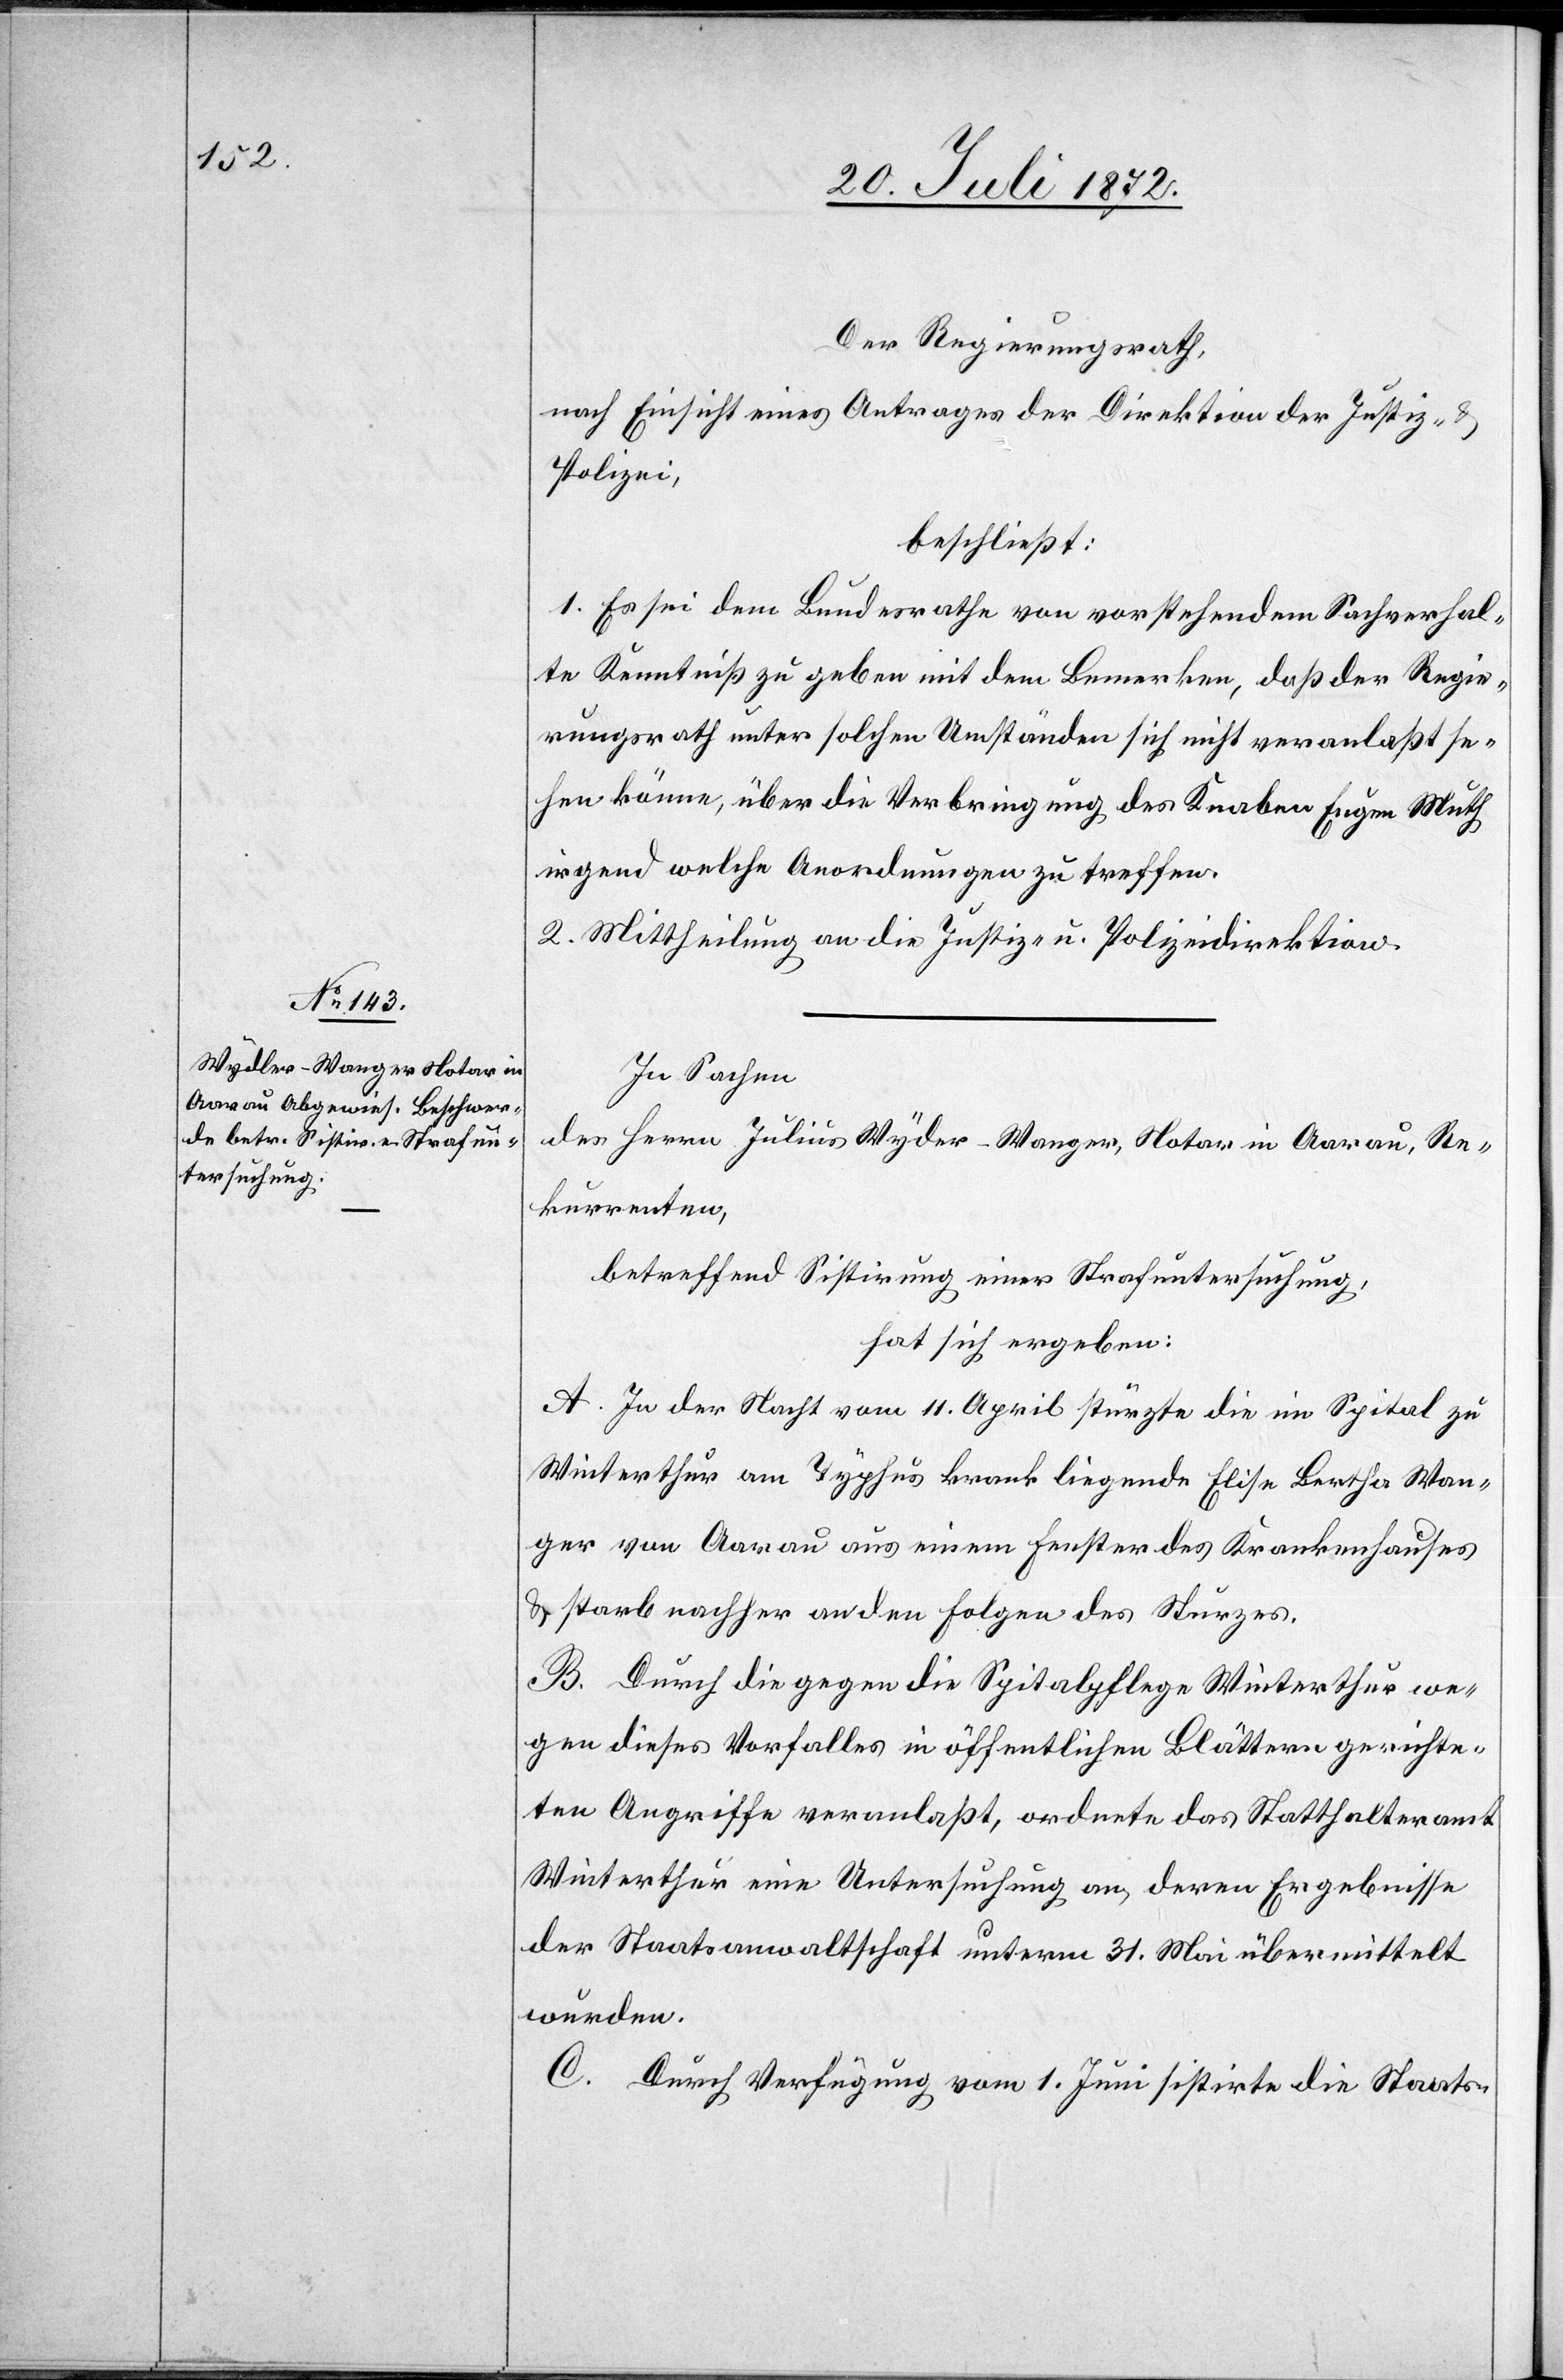
Der Regierungsrath,
nach Einsicht eines Antrages der Direktion der Justiz u.
Polizei,
beschließt:
1. Es sei dem Bezirksrathe von vorstehendem Sachverhal¬
te Kenntniß zu geben mit dem Bemerken, daß der Regie¬
rungsrath unter solchen Umständen sich nicht veranlaßt se¬
hen könne, über die Verbringung des Knaben Eugen Muth
irgend welche Anordnungen zu treffen.
2. Mittheilung an die Justiz- u. Polizeidirektion.
In Sachen
des Herrn Julius Wyler-Wanger [sic!], Notar in Aarau, Re¬
kurrenten,
betreffend Sistirung einer Strafuntersuchung,
hat sich ergeben:
A. In der Nacht vom 11. April stürzte die im Spital zu
Winterthur am Typhus krank liegende Elise Bertha Wan¬
ger von Aarau aus einem Fenster des Krankenhauses
u. starb nachher an den Folgen des Sturzes.
B. Durch die gegen die Spitalpflege Winterthur we¬
gen dieses Vorfalles in öffentlichen Blättern gerichte¬
ten Angriffe veranlaßt, ordnete das Statthalteramt
Winterthur eine Untersuchung an, deren Ergebnisse
der Staatsanwaltschaft unterm 31. Mai übermittelt
wurden.
C. Durch Verfügung vom 1. Juni sistirte die Staats-